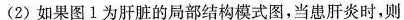
2)如果图1为肝脏的局部结构模式图，当患肝炎时，则